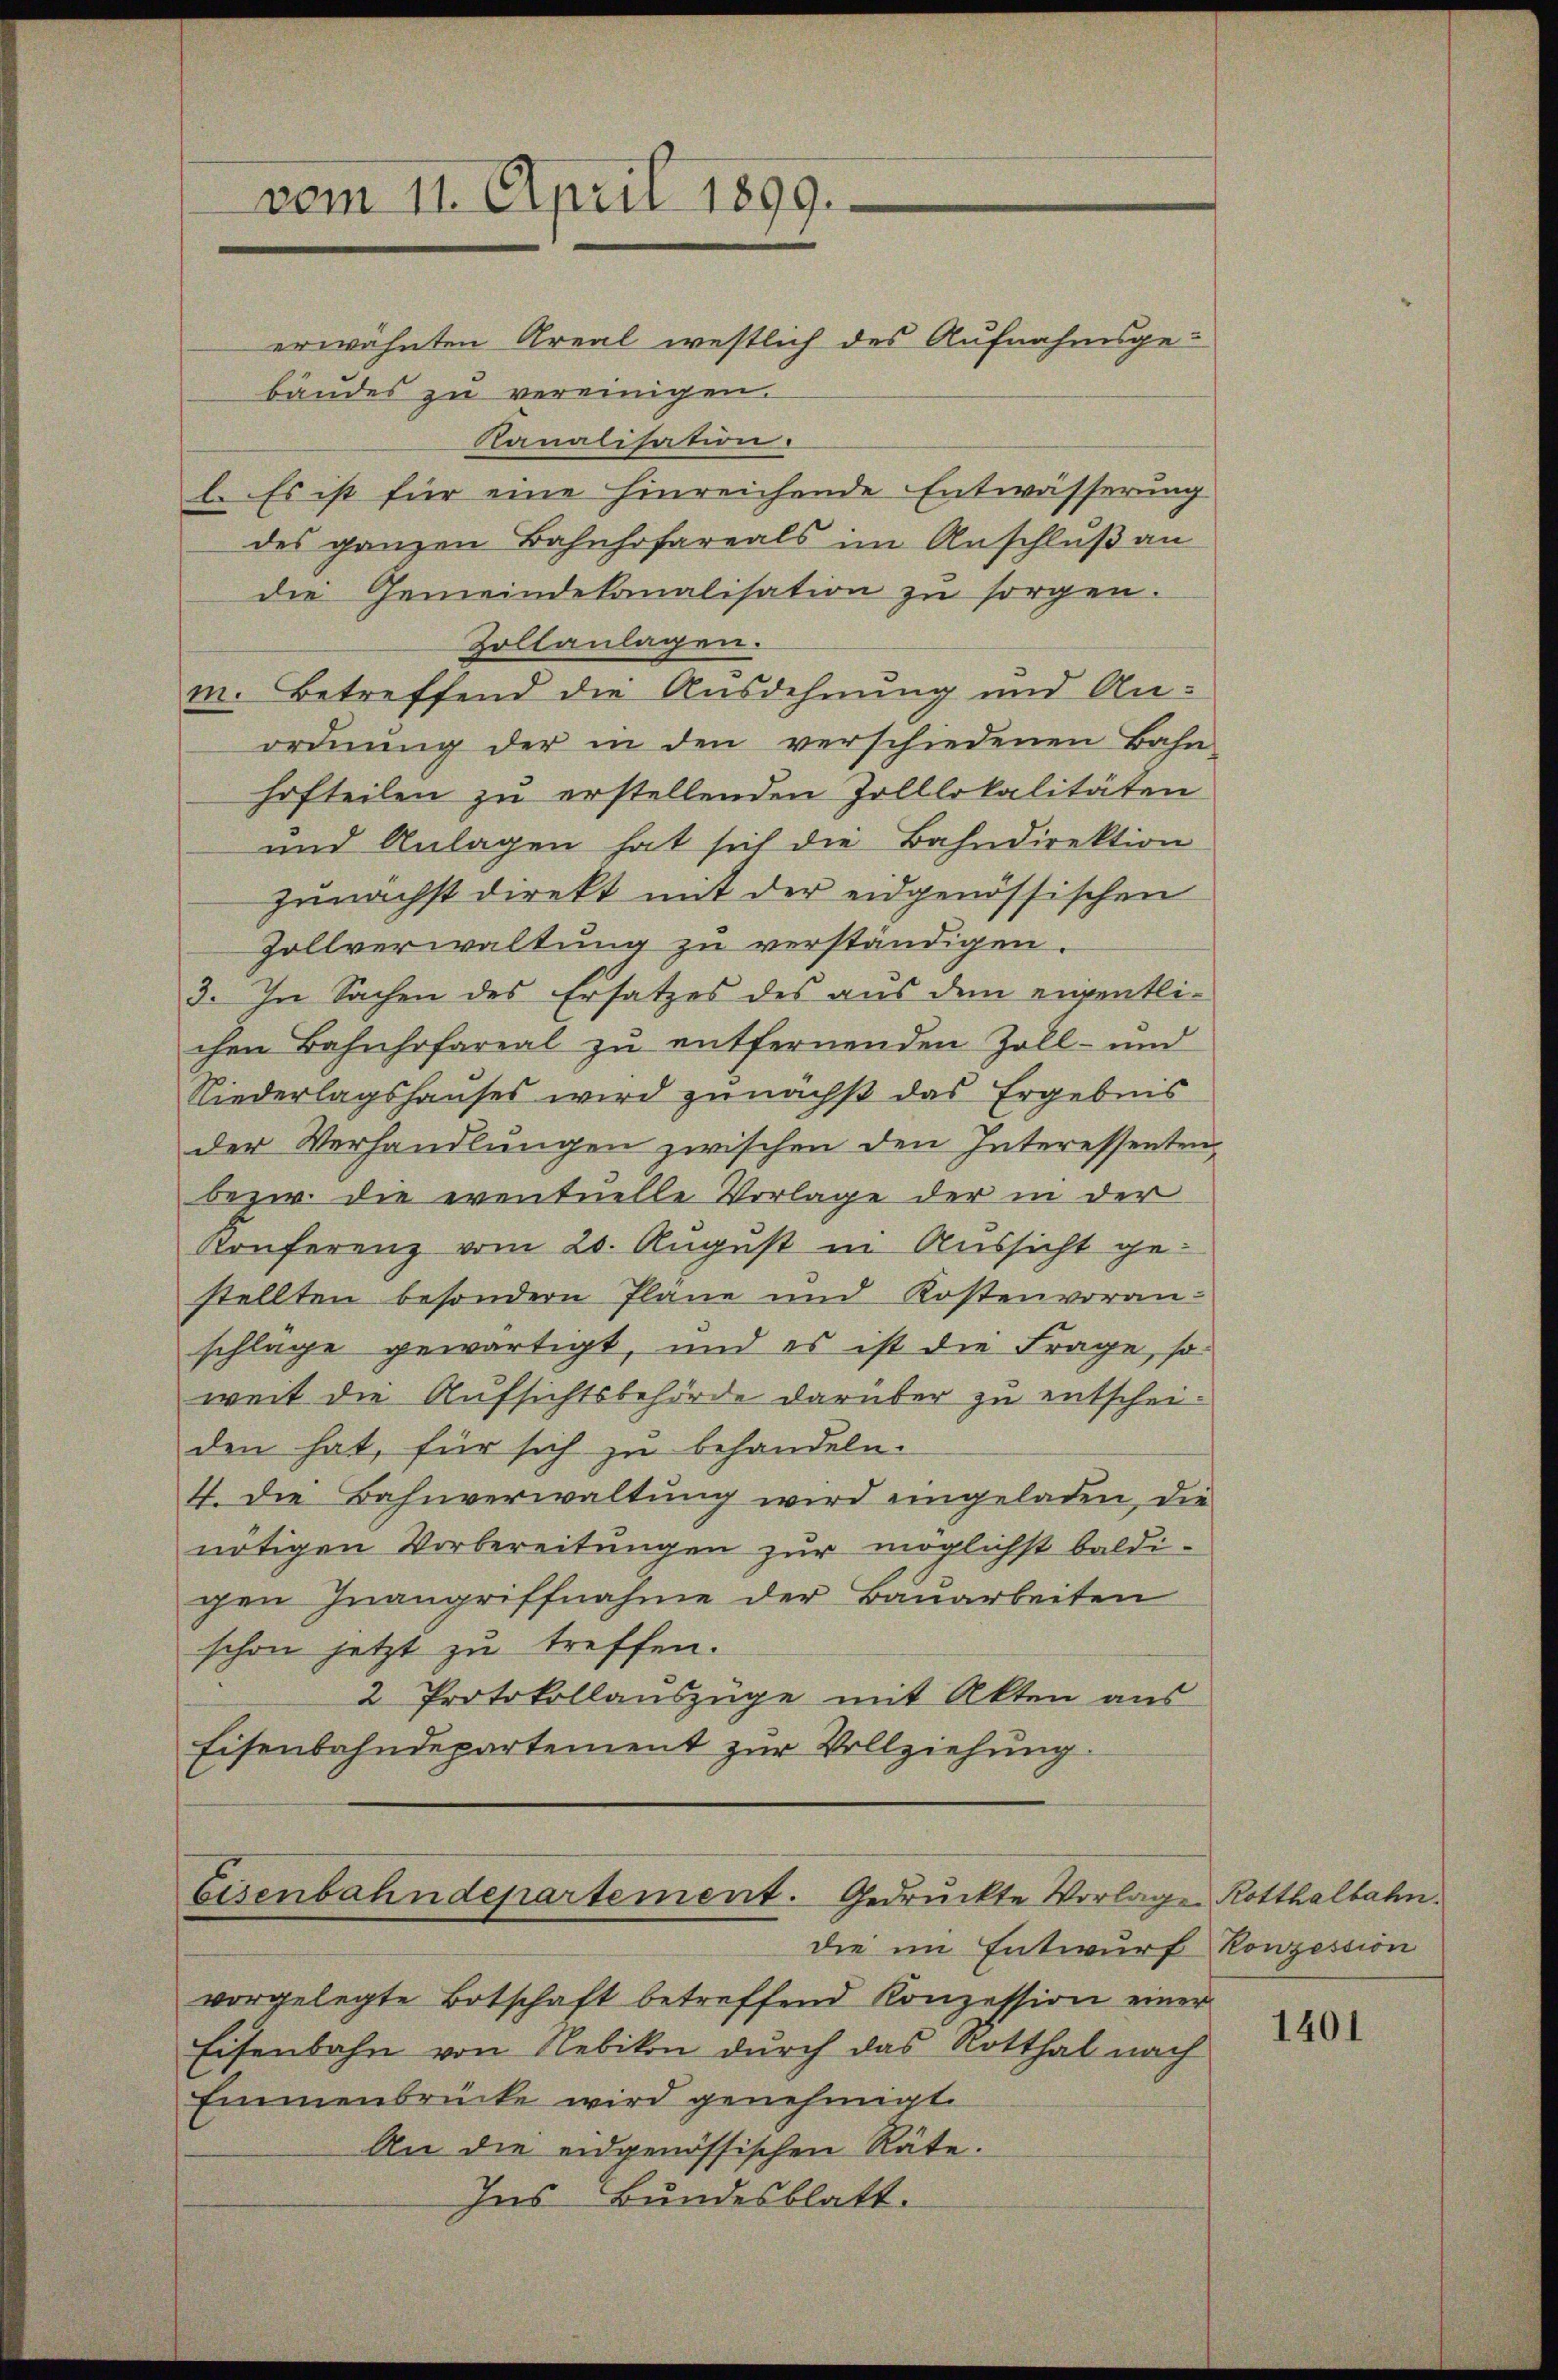
vom 11. April 1899.

erwähnten Areal westlich des Aufnahmsgebandes zu vereinigen.
Kanalisation.
l. Es ist für eine hinreichende Entwässerung
des ganzen Bahnhofareals im Anschluß an
die Gemeindekanalisation zu sorgen.
Zollanlagen.
m. Betreffend die Ausdehnung und Anordnung der in den verschiedenen Bahn
hofteilen zu erstellenden Zolllokalitäten
und Anlagen hat sich die Bahndirektion
zunächst direkt mit der eidgenössischen
Zollverwaltung zu verständigen.
3. In Sachen des Ersatzes des aus dem eigentlichen Bahnhofareal zu entfernenden Zoll- und
Niederlagshauses wird zunächst das Ergebnis
der Verhandlungen zwischen den Interessenten
dezw. die eventuelle Vorlage der in der
Konferenz vom 20. August in Aussicht gestellten besondern Pläne und Kostenvoran-
schläge gewärtigt, und es ist die Frage, so
weit die Aufsichtsbehörde darüber zu entscheiden hat, für sich zu behandeln.
4. Die Bahnverwaltung wird eingeladen, die
nötigen Vorbereitungen zur möglichst baldigen Inangriffnahme der Bauarbeiten
schon jetzt zu treffen.
2 Protokollauszüge mit Akten aus
Eisenbahndepartement zur Vollziehung.

Eisenbahndepartement. Gedruckte Vorlag
die im Entwurf Konzession

vorgelegte Botschaft betreffend Konzession einer
Eisenbahn von Nebikon durch das Rotthal nach
Emmenbrücke wird genehmigt.
An die eidgenössischen Räte.
Ins Bundesblatt.

a Rotthalbahn.

1401